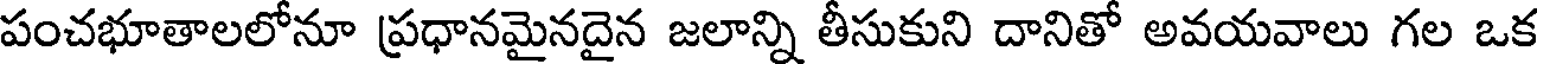
పంచభూతాలలోనూ ప్రధానమైనదైన జలాన్ని తీసుకుని దానితో అవయవాలు గల ఒక